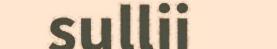
sullii